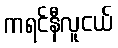
ကရင်နီလူငယ်